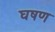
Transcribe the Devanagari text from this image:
घषण